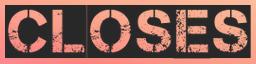
CLOSES